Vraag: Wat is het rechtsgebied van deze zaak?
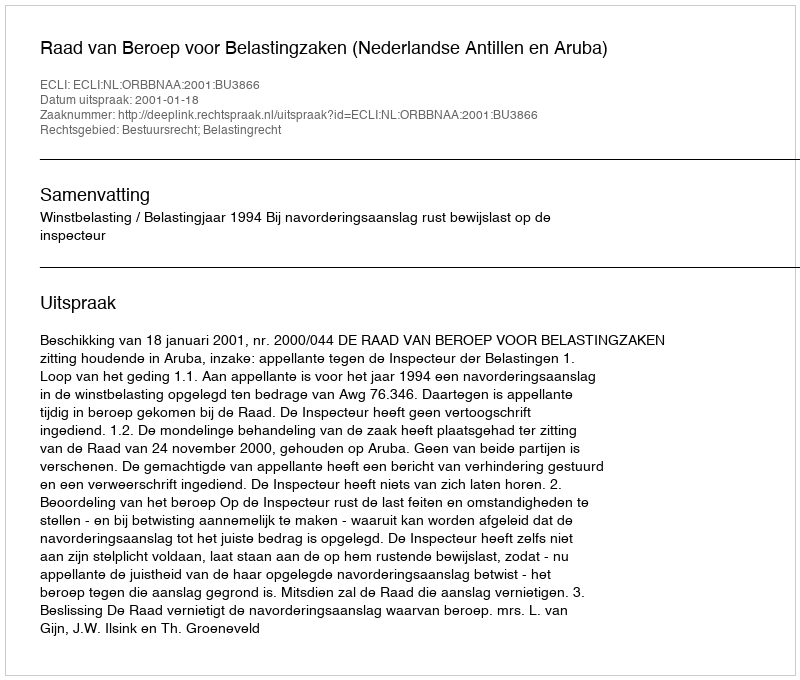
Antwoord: Bestuursrecht; Belastingrecht